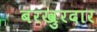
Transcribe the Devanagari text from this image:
बरखुरदार